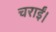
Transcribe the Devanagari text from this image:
चराईं।